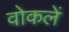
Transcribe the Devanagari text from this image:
वोकलें